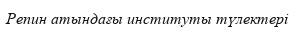
Репин атындағы институты түлектері